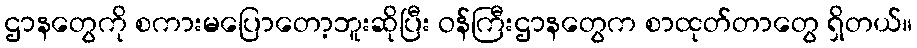
ဌာနတွေကို စကားမပြောတော့ဘူးဆိုပြီး ဝန်ကြီးဌာနတွေက စာထုတ်တာတွေ ရှိတယ်။